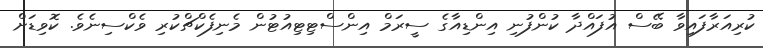
ކުރިއަރާފައިވާ ބޭސް އުފައްދާ ކުންފުނި އިންޑިއާގެ ސީރަމް އިންސްޓިޓިއުޓުން މެނިފެކްޗްކުރި ވެކްސިނެވެ. ކޮވިޑަށް